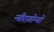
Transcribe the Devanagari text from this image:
न्यीरागोन्गो